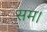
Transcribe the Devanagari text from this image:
सम।